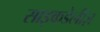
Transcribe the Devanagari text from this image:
साइकडेलीज़